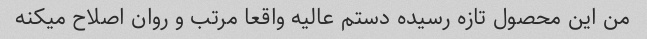
من این محصول تازه رسیده دستم عالیه واقعا مرتب و روان اصلاح میکنه